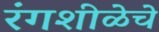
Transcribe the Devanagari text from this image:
रंगशीळेचे